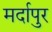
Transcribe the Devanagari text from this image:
मर्दापुर